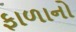
ફાળાનો